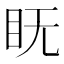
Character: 𱲦